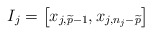
\begin{align*}I_j = \left[x_{j,\widetilde{p}-1},x_{j,n_j-\widetilde{p}}\right]\end{align*}